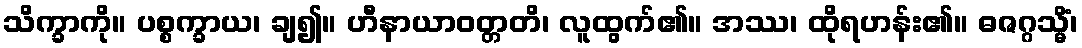
သိက္ခာကို။ ပစ္စက္ခာယ၊ ချ၍။ ဟီနာယာဝတ္တတိ၊ လူထွက်၏။ အဿ၊ ထိုရဟန်း၏။ ဓဇဂ္ဂသ္မိံ၊